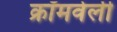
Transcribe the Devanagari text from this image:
क्रॉमवेली